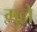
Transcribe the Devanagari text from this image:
गुल्ले